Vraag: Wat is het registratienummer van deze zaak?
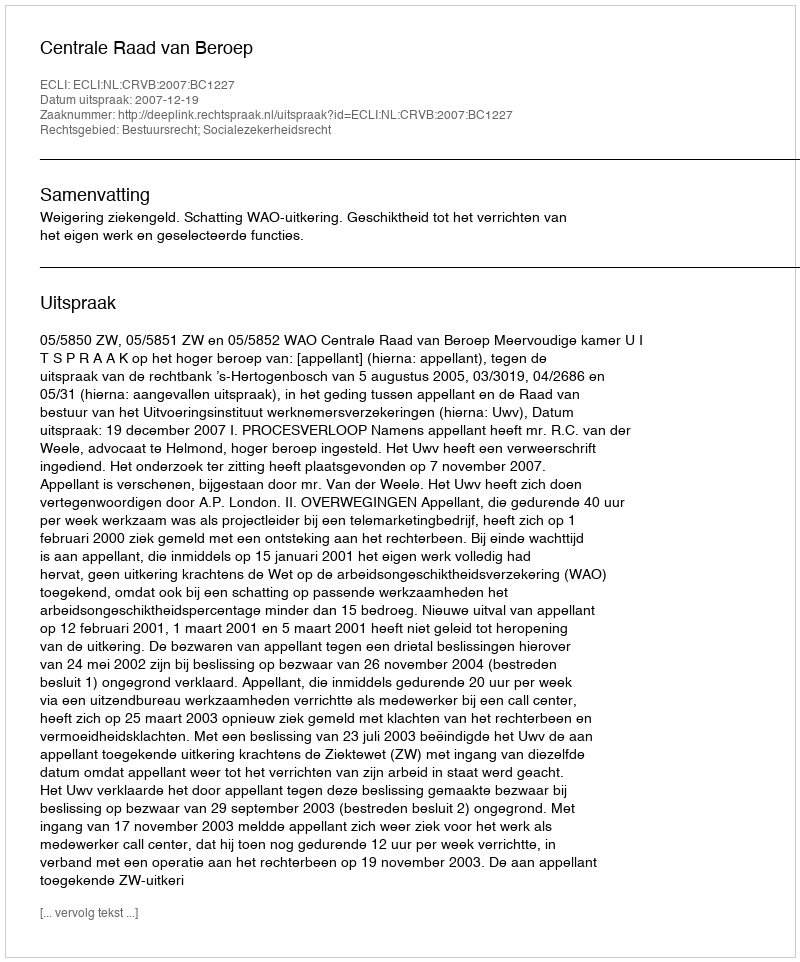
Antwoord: http://deeplink.rechtspraak.nl/uitspraak?id=ECLI:NL:CRVB:2007:BC1227